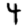
Digit: 4